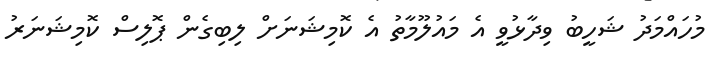
މުހައްމަދު ޝަހީބު ވިދާޅުވީ އެ މައުލޫމާތު އެ ކޮމިޝަނަށް ލިބިގެން ޕޮލިސް ކޮމިޝަނަރު